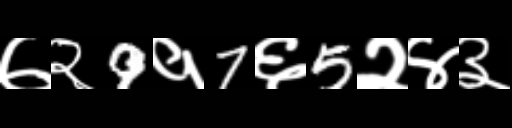
Text: ७२9१7६5२४३